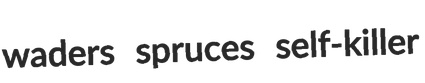
waders spruces self-killer